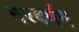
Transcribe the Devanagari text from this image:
नरवर्मन